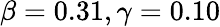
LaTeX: \beta=0.31,\gamma=0.10